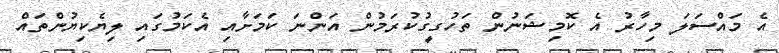
އެ މައްސަލަ މިހާރު އެ ކޮމިޝަނުން ތަހުގީގުކުރަމުން އަންނަ ކަމަށާއި އެކަމުގައި ލިޔެކިޔުންތައް